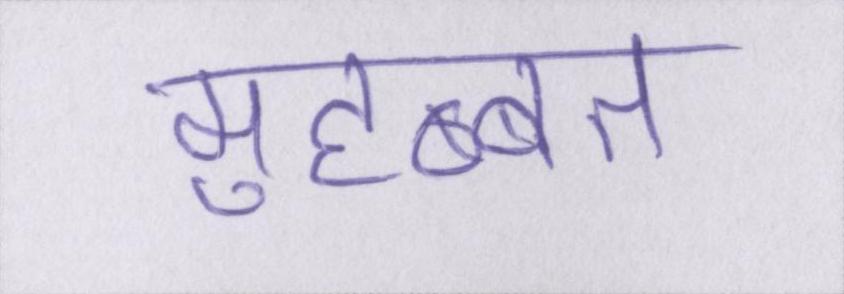
मुहब्बत